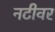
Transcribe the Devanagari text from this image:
नटीवर